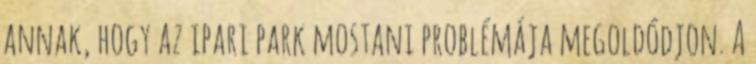
annak, hogy az ipari park mostani problémája megoldódjon. A